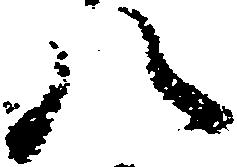
八